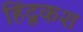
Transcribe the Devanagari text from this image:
हिंदूकश